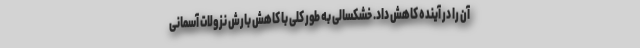
آن را در آینده کاهش داد. خشکسالی به طور کلی با کاهش بارش نزولات آسمانی